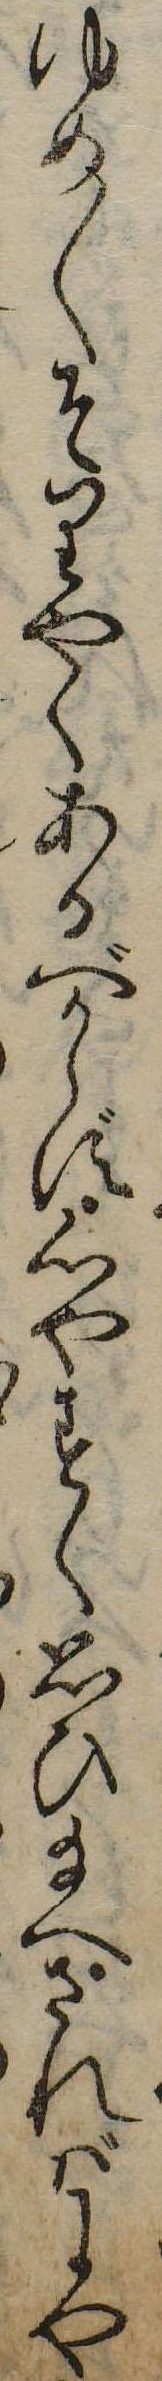
ゆめ〱そりやくあるべからず心やすく思ひ給へさればにや